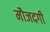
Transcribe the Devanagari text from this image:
मौजदगी